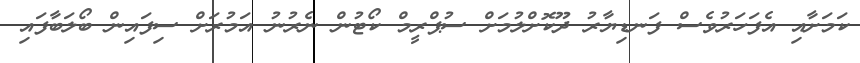
ކަމަށާއި އެފަހަރުވެސް ފަނޑިޔާރު ދޫކޮށްލުމަށް ސުޕްރީމް ކޯޓުން ނެރުނު އަމުރަށް ސިފައިން ބޯލަބާފައި